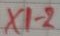
Text: X1-2